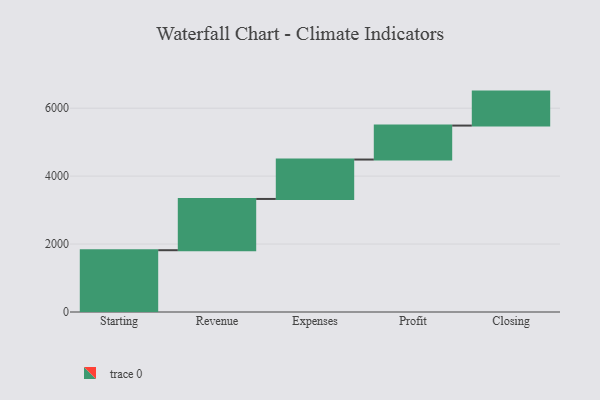
{"axis": {"x": "Step", "y": "Value"}, "legend": [""], "data": [{"x": "Starting", "y": 1819.0, "type": ""}, {"x": "Revenue", "y": 1509.0, "type": ""}, {"x": "Expenses", "y": 1160.0, "type": ""}, {"x": "Profit", "y": 1000, "type": ""}, {"x": "Closing", "y": 1000, "type": ""}]}